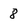
Character: 8